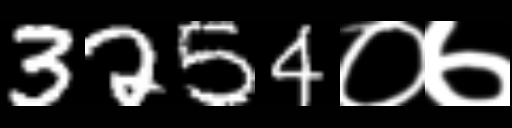
Text: 3254०७